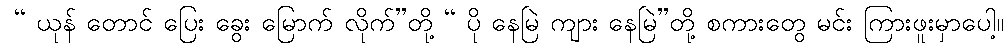
 “ ယုန် တောင် ပြေး ခွေး မြောက် လိုက်”တို့ “ ပို နေမြဲ ကျား နေမြဲ”တို့ စကားတွေ မင်း ကြားဖူးမှာပေါ့။